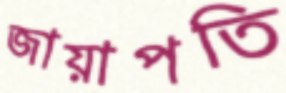
জায়াপতি